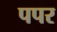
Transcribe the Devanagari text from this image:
पपर